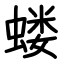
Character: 蝼